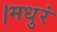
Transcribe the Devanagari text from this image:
।मधुरं